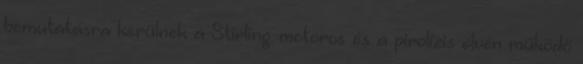
bemutatásra kerülnek a Stirling-motoros és a pirolízis elvén működő